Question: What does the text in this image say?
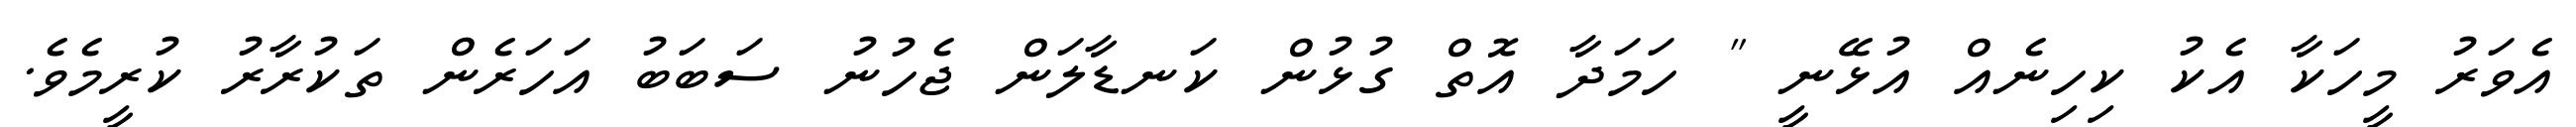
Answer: އެވަރު މީހަކާ އެކު ކިހިނެއް އުޅޭނީ " ހަމަދާ އޮތް ގުޅުން ކަނޑާލަން ޖެހުނު ސަބަބު އަހަރެން ތަކުރާރު ކުރީމެވެ.